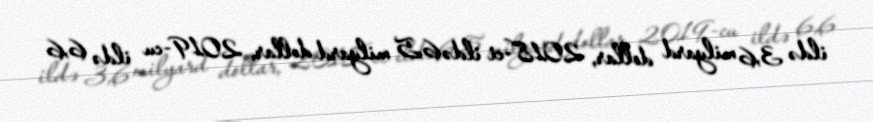
ildə 3,6 milyard dollar, 2018-ci ildə 6,5 milyard dollar, 2019-cu ildə 6,6